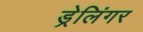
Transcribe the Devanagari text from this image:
ड्रेलिंगर